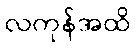
လကုန်အထိ